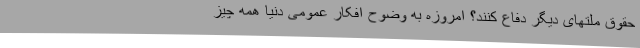
حقوق ملتهای دیگر دفاع کنند؟ امروزه به وضوح افکار عمومی دنیا همه چیز